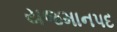
યજમાનપદ